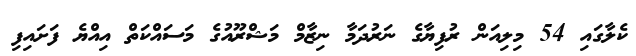
ކެލާގައި 54 މިލިއަން ރުފިޔާގެ ނަރުދަމާ ނިޒާމް މަޝްރޫއުގެ މަސައްކަތް އިއްޔެ ފަށައިފި